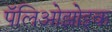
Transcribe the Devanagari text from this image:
पॅलिओझोइक